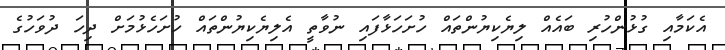
އެކަމާއި ގުޅުންހުރި ބައެއް ލިޔެކިޔުންތައް ހުށަހަޅާފައި ނުވާތީ އެލިޔެކިޔުންތައް ހުށަހެޅުމަށް ދިހަ ދުވަހުގެ